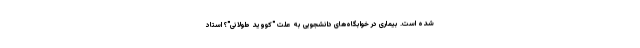
شده است. بیماری در خوابگاه‌های دانشجویی به علت "کووید طولانی"؟ استاد